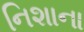
નિશાના